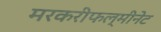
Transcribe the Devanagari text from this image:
मरकरीफल्मीनेट